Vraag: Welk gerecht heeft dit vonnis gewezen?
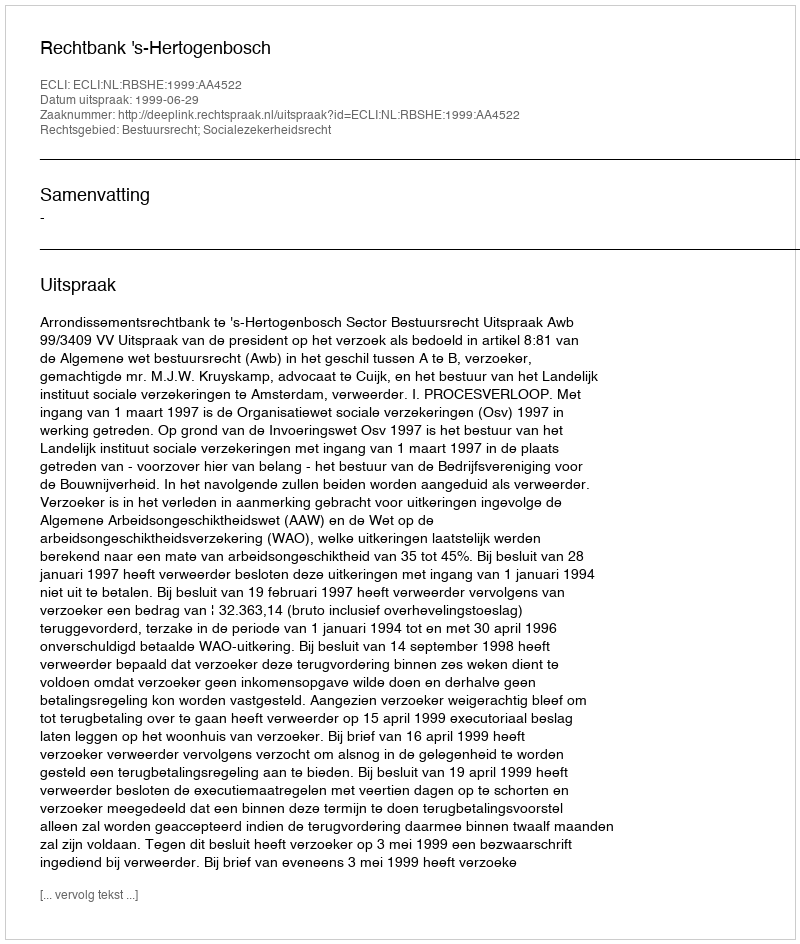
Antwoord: Rechtbank 's-Hertogenbosch